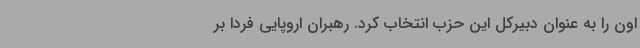
اون را به عنوان دبیرکل این حزب انتخاب کرد. رهبران اروپایی فردا بر